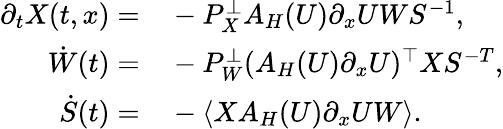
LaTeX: \begin{array}{rl}{\partial_{t}X(t,x)=}&{{}-P_{X}^{\perp}A_{H}(U)\partial_{x}UWS^{-1},}\\ {\dot{W}(t)=}&{{}-P_{W}^{\perp}(A_{H}(U)\partial_{x}U)^{\top}XS^{-T},}\\ {\dot{S}(t)=}&{{}-\langle XA_{H}(U)\partial_{x}UW\rangle.}\end{array}